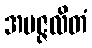
အပဇ္ဇလိတံ